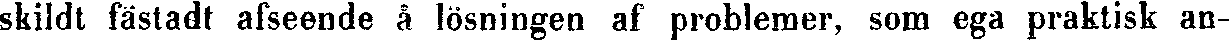
skildt fästadt afseende å lösningen af problemer, som ega praktisk an-